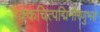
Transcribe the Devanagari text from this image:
क्कचित्पद्मिनीरेणुभङ्गे